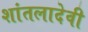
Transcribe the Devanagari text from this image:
शांतलादेवी